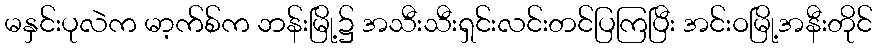
မနှင်းပုလဲက မာ့က်စ်က ဘန်းမြို့၌ အသီးသီးရှင်းလင်းတင်ပြကြပြီး အင်းဝမြို့အနီးတိုင်